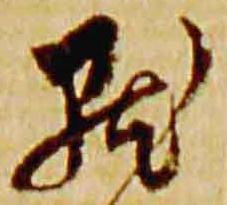
点